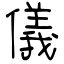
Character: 儀